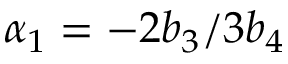
\alpha _ { 1 } = - 2 b _ { 3 } / 3 b _ { 4 }